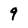
Character: 9